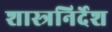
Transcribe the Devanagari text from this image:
शास्त्रनिर्देश